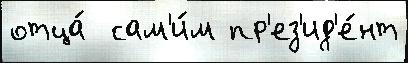
отца́  сам'и́м пр'ез'ид'е́нт